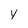
Character: y